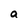
Character: a